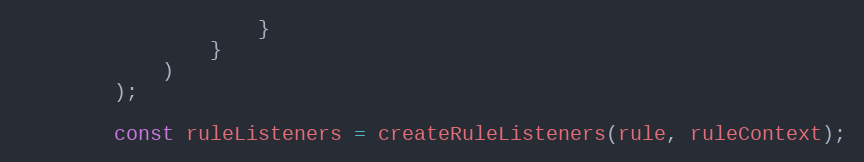
Language: JavaScript
                    }
                }
            )
        );

        const ruleListeners = createRuleListeners(rule, ruleContext);